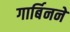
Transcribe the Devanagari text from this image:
गार्बिनने